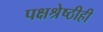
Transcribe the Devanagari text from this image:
पक्षश्रेष्ठीही